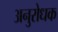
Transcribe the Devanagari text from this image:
अनुरोधक